Report on vaccination in Madras 1904-1921 - 1904-1921
Year: 1904
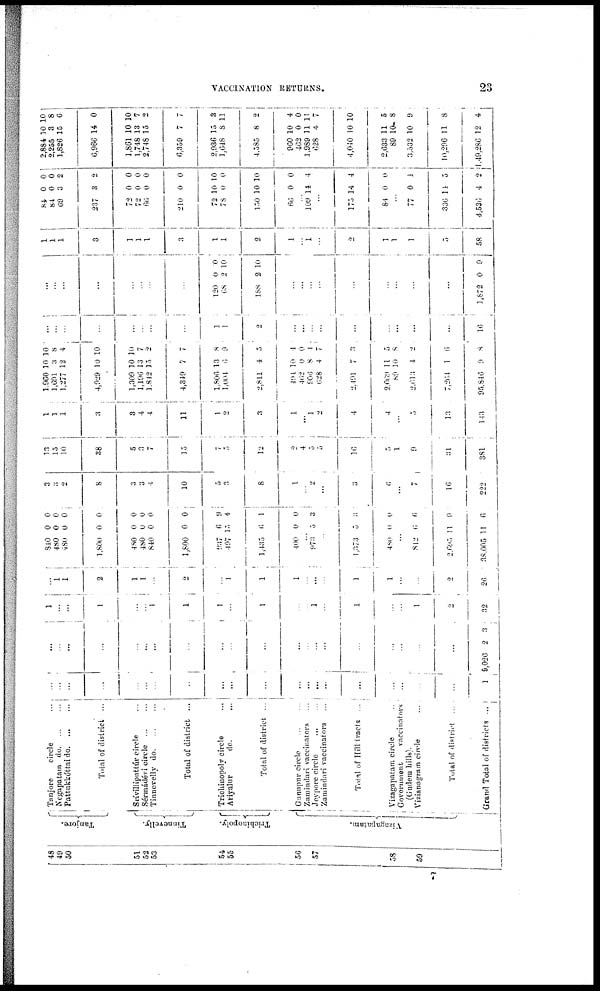
VACCINATION RETURNS.
23
48
49
50
51
52
53
54
55
56
57
58
59
Tanjore.
Tinnevelly.
Trichinopoly.
Vizagapatam.
Tanjore
circle ...
Negapatam d
o
. ... ...
Pattukkóttai d
o
. ... ...
Total of district ...
Srívilliputtúr circle ...
Sérmádévi circle
...
...
Tinnevelly
d
o
. ... ...
Total of district ...
Trichinopoly circle ...
Ariyalur
do. ...
Total of district ...
Ganupur circle ... ...
Zamindari vaccinators ...
Jeypore circle ... ...
Zamindari vaccinators ...
Total of Hill tracts ...
Vizagapatam circle ...
Government
vaccinators
(Gudem hills).
Vizianagram circle
...
Total of district ...
Grand Total of districts ...
...
...
...
...
...
...
...
..
...
...
...
...
...
...
...
...
...
...
...
...
1
...
...
...
...
...
...
...
...
...
...
...
...
...
...
...
...
...
...
...
...
9,020 2 3
1
...
...
1
...
...
1
1
1
...
1
...
...
1
...
1
...
...
1
2
32
...
1
1
2
1
1
...
2
...
1
1
1
...
...
...
1
1
...
...
2
26
840
480
480
1,800
480
480
840
1,800
937
497
1,435
400
0
0
0
0
0
0
0
0
6
15
6
0
0
0
0
0
0
0
0
0
9
4
1
0
...
973 5 3
...
1,373
480
5
0
3
0
...
812
2,695
38,005
6
11
11
6
9
6
3
3
2
8
3
3
4
10
5
3
8
1
...
2
...
3
6
...
7
16
222
13
15
10
38
5
3
7
15
7
5
12
2
4
5
5
16
5
1
9
31
381
1
1
1
3
3
4
4
11
1
2
3
1
... 1
2
4
4
...
5
13
143
1,960
1,691
1,277
4,929
1,309
1,196
1,842
4,349
1,806
1,004
2,811
494
402
906
628
2,491
2,069
89
2,613
7,264
95,846
10
3
12
10
10
13
15
7
13
0
4
10
0
8
4
7
11
10
4
1
9
10
8 4
10
10
7
2
7
8
9
5
4
0
4
7
3
5
8
2
6
8
...
...
...
...
...
...
...
...
1
1
2
...
...
...
...
...
...
...
...
...
16
...
...
...
...
...
...
...
...
120
68
188
0
2
2
0
10
10
...
...
...
...
...
...
...
...
...
1,872 0 9
1
1
1
3
1
1
1
3
1
1
2
1
...
1
...
2
1
1
1
5
58
84
84
69
237
72
72
66
210
72
78
150
66
0
0
3
3
0
0
0
0
10
0
10
0
0
0
2
2
0
0
0
0
10
0
10
0
...
109 14 4
...
175
84
14
0
4
0
...
77
336
4,536
0
14
4
1
5
2
2,884
2,255
1,826
6,966
1,861
1,748
2,748
6,359
2,936
1,648
4,585
960
462
1,989
628
4,040
2,633
89
3,532
10,296
1,49,286
10
3
15
14
10
13
15
7
15
8
8
10
0
11
4
10
11
10
10
11
12
10
8
6
0
10
7
2
7
3
11
2
4
0
11
7
10
5
8
9
8
4
7